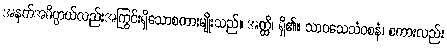
အနက်အဓိပ္ပာယ်လည်းအကြွင်းရှိသောစကားမျိုးသည်။ အတ္ထိ၊ ရှိ၏။ သာဝသေသံဝစနံ၊ စကားလည်း